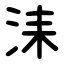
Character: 洡